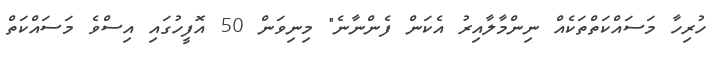
ހުރިހާ މަސައްކަތްތަކެއް ނިންމާލާއިރު އެކަން ފެންނާނެ" މިނިވަން 50 އޮފީހުގައި އިސްވެ މަސައްކަތް